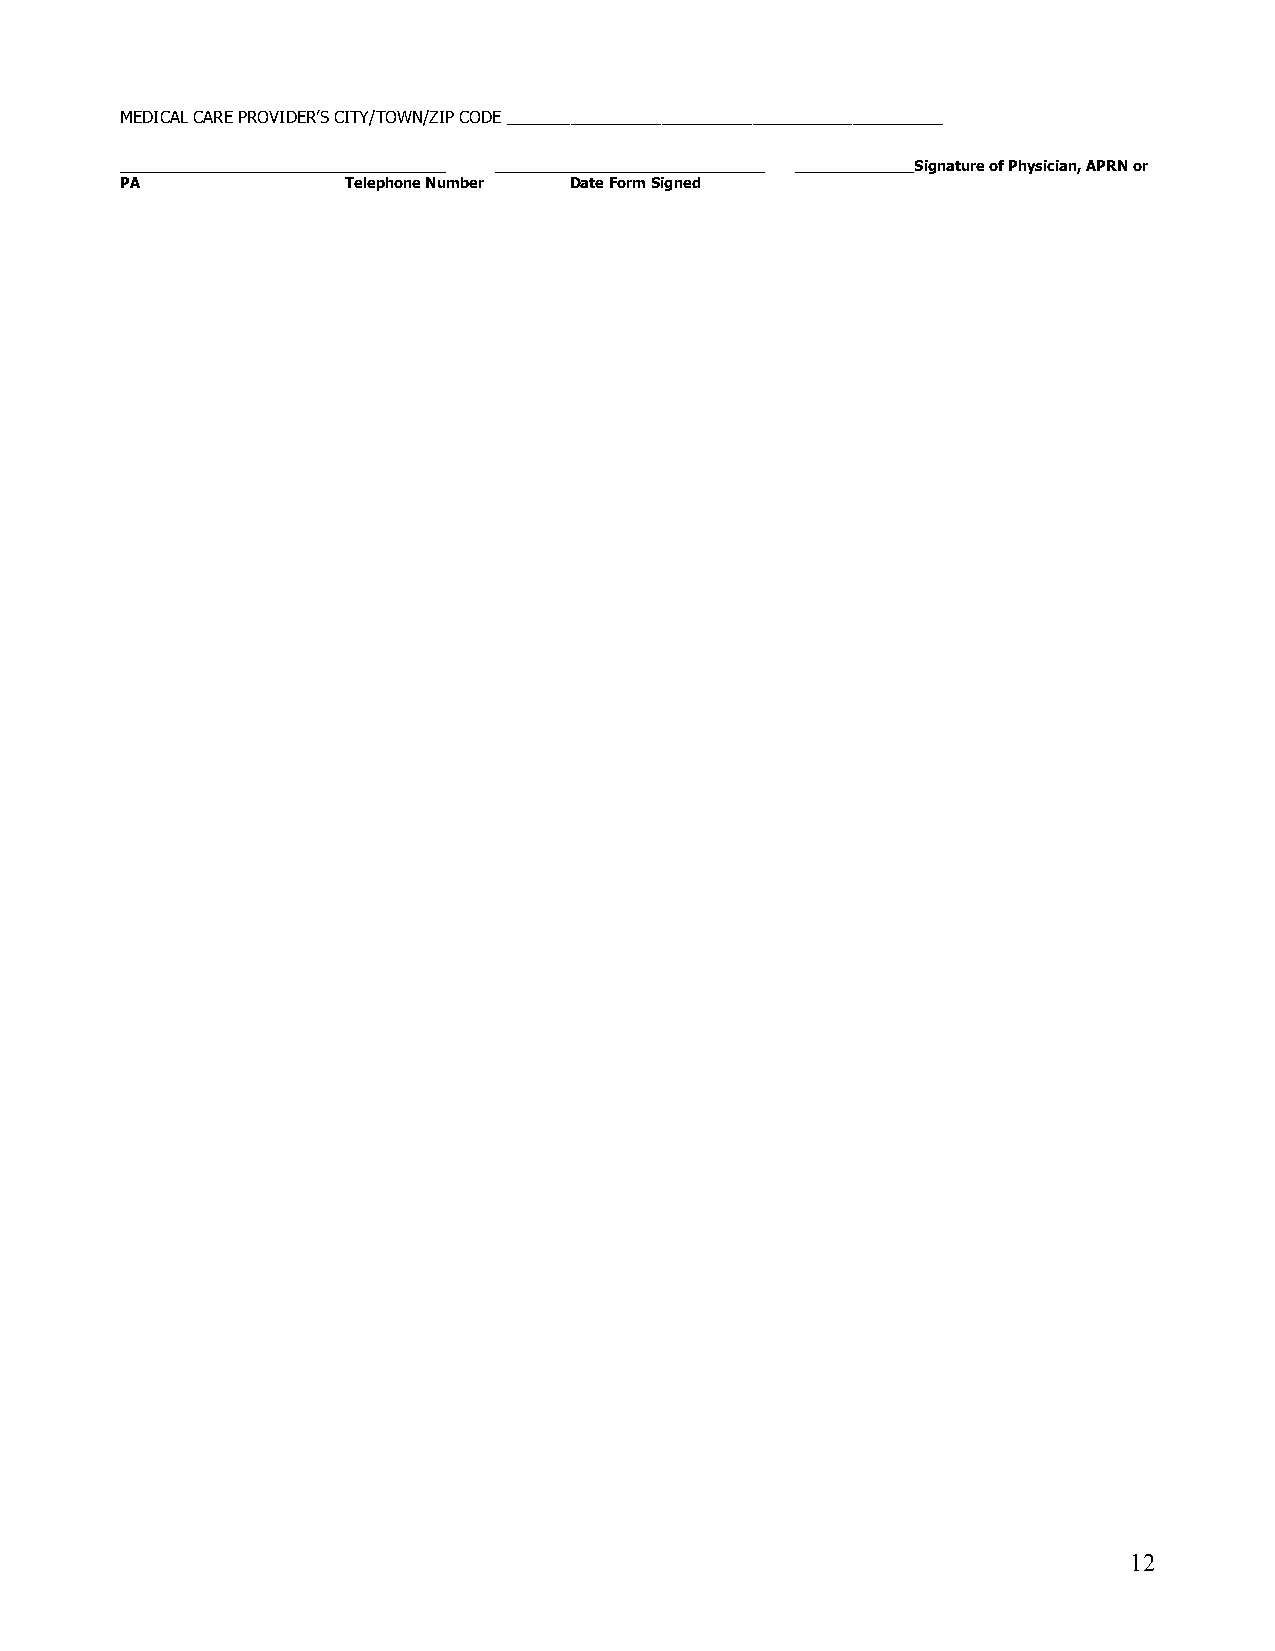
MEDICAL CARE PROVIDER’S CITY/TOWN/ZIP CODE ________________________________________________
 _________________________________________ __________________________________ _______________Signature of Physician, APRN or
 PA             Telephone Number Date Form Signed
 12